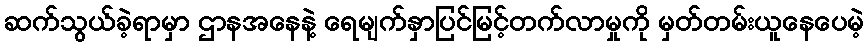
ဆက်သွယ်ခဲ့ရာမှာ ဌာနအနေနဲ့ ရေမျက်နှာပြင်မြင့်တက်လာမှုကို မှတ်တမ်းယူနေပေမဲ့